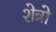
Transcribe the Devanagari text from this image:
शेत्रो